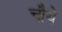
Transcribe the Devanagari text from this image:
चाैथे